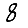
Digit: 8